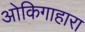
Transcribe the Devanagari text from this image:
ओकिगाहारा